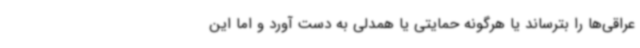
عراقی‌ها را بترساند یا هرگونه حمایتی یا همدلی به دست آورد و اما این